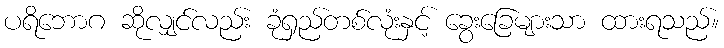
ပရိဘောဂ ဆိုလျှင်လည်း ခုံရှည်တစ်လုံးနှင့် ခွေးခြေများသာ ထားရသည်။